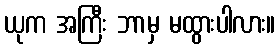
ယုက အကြီး ဘာမှ မထွားပါလား။